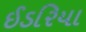
ઈડરિયા